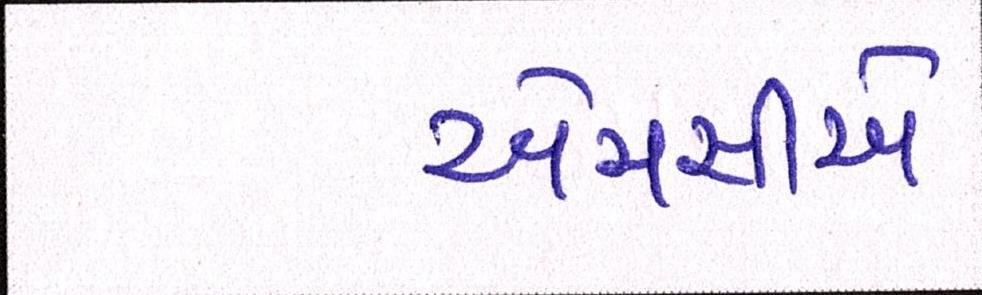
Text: એમસીએ